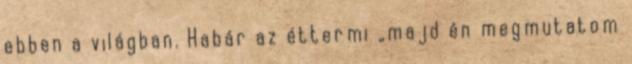
ebben a világban. Habár az éttermi „majd én megmutatom